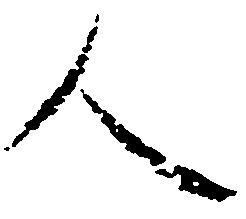
人